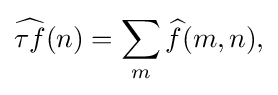
\displaystyle {{\widehat {\tau f}}(n)=\sum _{m}{\widehat {f}}(m,n),}